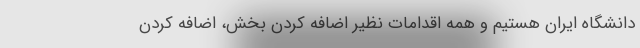
دانشگاه ایران هستیم و همه اقدامات نظیر اضافه کردن بخش، اضافه کردن